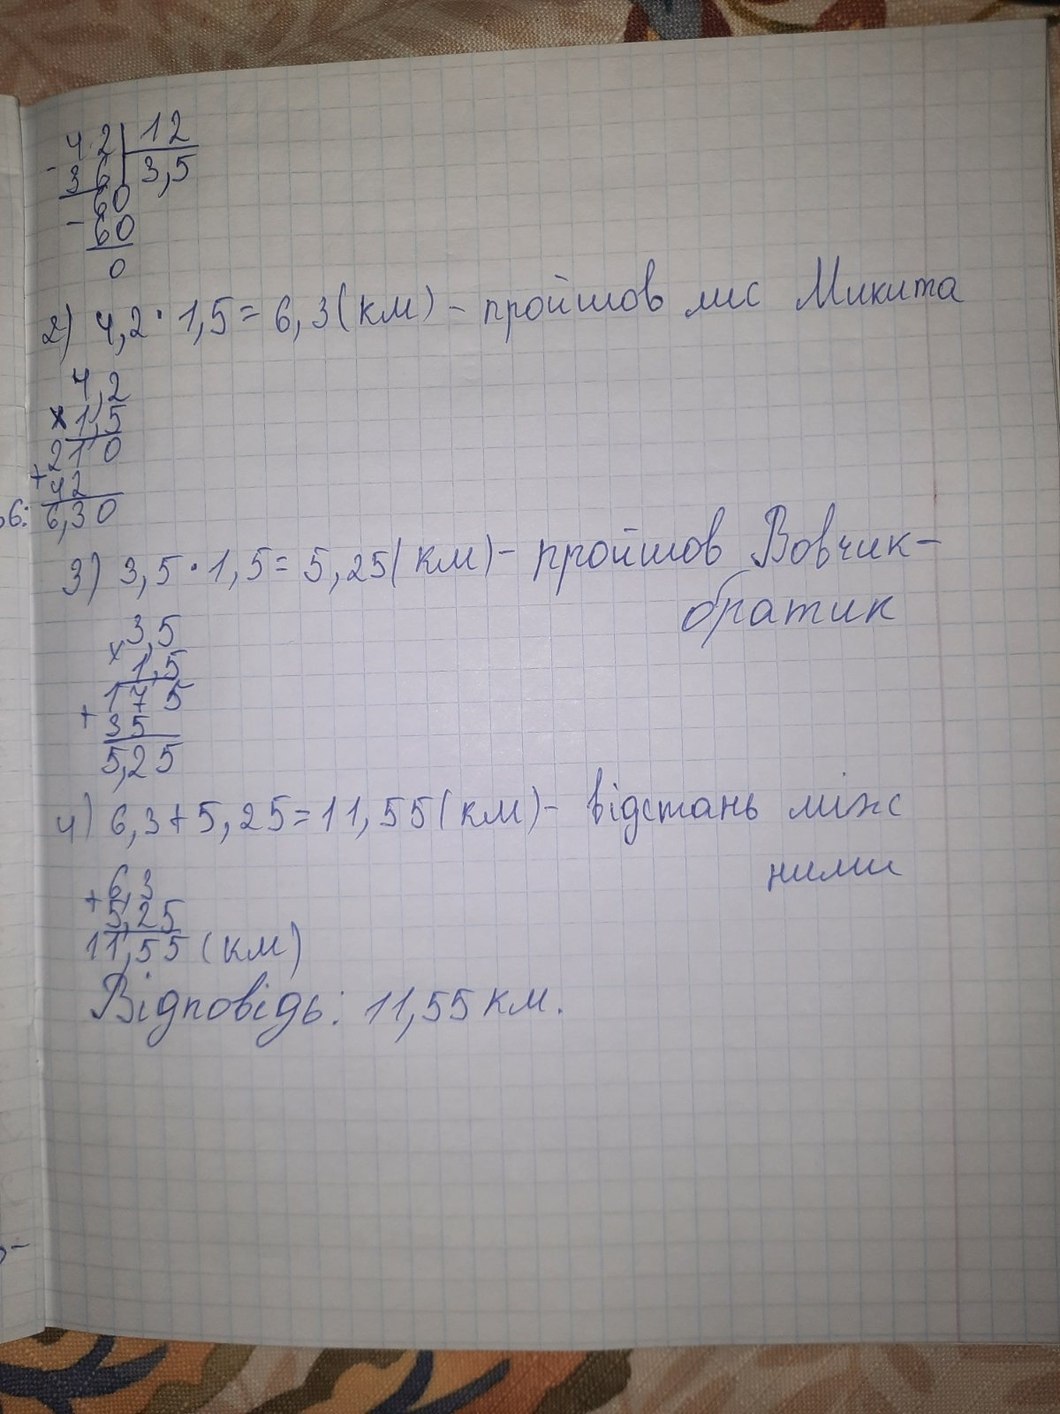
42 | 12
36 | 3,5
60
60
0
2) 4,2 * 1,5 = 6,3 (км) - пройшов лис Микита
4,2
1,5
210
42
6,30
3) 3,5 * 1,5 = 5,25 ( км ) - пройшов Вовчик - братик
3,5
1,5
175
35
5,25
4) 6,3 + 5,25 = 11,55 (км) - відстань між
6,3
5,25
11,55 (км)
ними
Відповідь: 11,55 км.